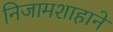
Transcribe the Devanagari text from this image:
निजामशाहाने